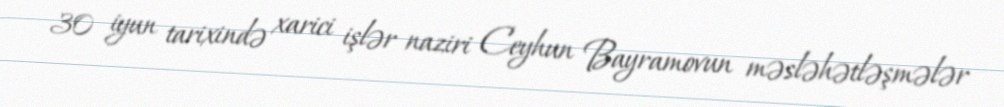
30 iyun tarixində xarici işlər naziri Ceyhun Bayramovun məsləhətləşmələr